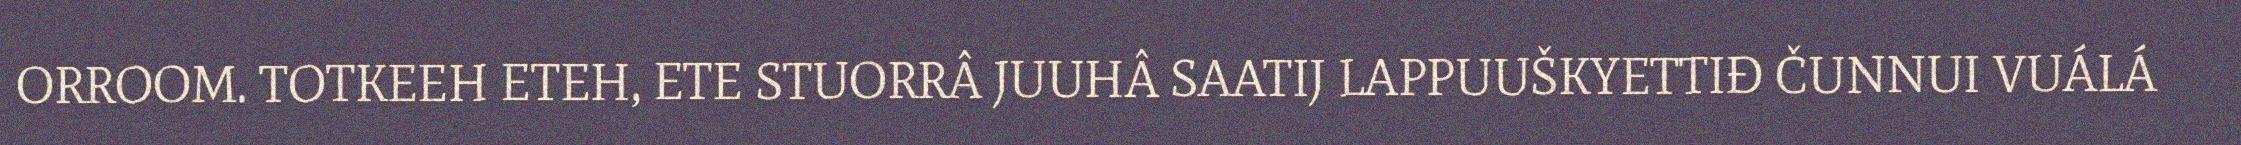
ORROOM. TOTKEEH ETEH, ETE STUORRÂ JUUHÂ SAATIJ LAPPUUŠKYETTIĐ ČUNNUI VUÁLÁ